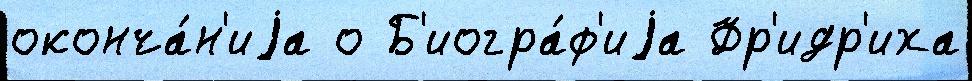
оконча́н'иjа о Б'иогра́ф'иjа Фр'идр'иха